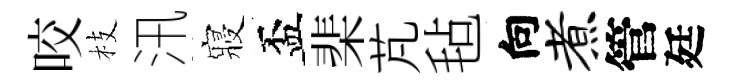
咬枝汛寢盃棐芃毡向煮管廷